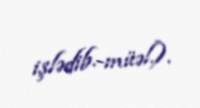
işlədib.-müəl.).